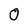
Character: 0